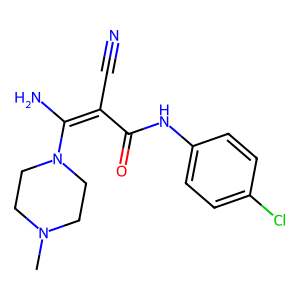
SMILES: CN1CCN(C(N)=C(C#N)C(=O)Nc2ccc(Cl)cc2)CC1
Inhibits HIV replication: No